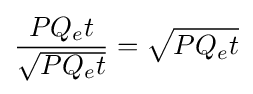
{\frac {PQ_{e}t}{\sqrt {PQ_{e}t}}}={\sqrt {PQ_{e}t}}